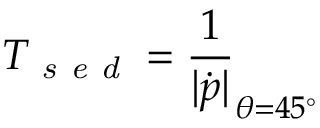
T _ { \textit { s e d } } = \frac { 1 } { | \boldsymbol { \dot { p } } | } _ { \theta = 4 5 ^ { \circ } }